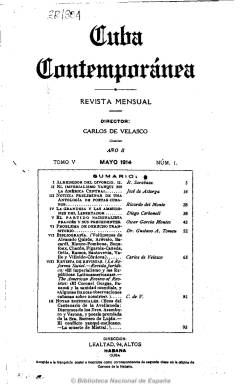
Título: Cuba contemporánea
Colección: Revistas de información general || Cultura
Ámbito geográfico: Cuba
Lugar de publicación: Habana
Fechas: 01/05/1914-30/06/1927

Primera gran revista del pensamiento cubano del siglo veinte, que alcanzó un gran prestigio internacional, aunque su existencia no fue ajena a intentos de proscripción e ignorancia en el interior de la isla. Fue impulsada y redactada por destacados miembros de la denominada “primera generación de la República” –independiente y liberal- cubana creada en 1902, de una gran calado cultural e intelectual, y que había tenido como antecesoras a Revista de Cuba (1877-1884) y Revista cubana (1885-1895), a las que se intenta emular. Apareció con periodicidad mensual en La Habana desde enero de 1913 hasta agosto de 1927, y Antonio Checa Godoy (1993) la tilda como la más relevante y más duradera –tres lustros- de este periodo.

Su programa expresó que sus páginas quedaban “abiertas a todas las orientaciones del espíritu moderno”, y en cada uno de sus números fomentó la producción, estudio y crítica bibliográfica cubana, especialmente la de lengua castellana y relacionada con la historia de la isla, así como con la del resto de América, a través de secciones como las de Bibliografía y Revista de revistas (en la que se dieron extractos de artículos de publicaciones extranjeras).

Inserta documentos históricos y modernos (entre estos, conferencias) y estudios y ensayos de muy variada naturaleza, sobre cultura, administración pública, política nacional e internacional, moral, sociología, economía, religión, derecho, educación e, incluso, deporte. En la sección Noticias recoge las más importantes de Cuba y del extranjero; en la de Notas editoriales ofrece información de acontecimientos destacados de carácter político, literario, científico y artístico, y en la de Revistas extranjeras, incluye comentarios al movimiento cultural internacional. También tiene secciones bajo el epígrafe Política internacional americana, Páginas para la Historia de Cuba (con documentos históricos inéditos) y Palpitaciones de la vida nacional, donde se exponen cuestiones nacionales cubanas, como el patrocinio a favor del feminismo, la aprobación de la ley del divorcio, la defensa de la enseñanza laica o la necesidad de incrementar la educación pública. Da cobijo también a textos dramáticos y poéticos de autores que estaban forjando un resurgimiento literario cubano.

El grupo de sus redactores-fundadores, -jóvenes tildados de “idealistas”-  fueron el historiador, escritor, periodista y diplomático Carlos de Velasco y Pérez (1884-1923), que fue su primer director, hasta finales de 1920; el escritor, bibliotecario y abogado Julio Villoldo (1881-1953), su administrador, redactor jefe desde 1922, y director interino en tres ocasiones (de septiembre de 1919 a febrero de 1920; de abril a julio de 1925 y de mayo a julio de 1926); el poeta, periodista e ingeniero Mario Guiral Moreno (1882-1963), que fue su segundo y último director; el periodista José Sixto de Sola Bobadilla (1888-1916), que fue redactor-jefe desde abril de 1916; el escritor y abogado de origen dominicano Max Henríquez Ureña (1885-1968) y Ricardo Sarabasa.

Sus páginas estuvieron abiertas no sólo a intelectuales y escritores cubanos sino a otros latinoamericanos. Entre sus redactores y colaboradores estuvieron el que sería fundador del Partido Conservador Enrique José Varona (1849-1933), que en aquella época era la más “alta cumbre, acaso, del intelecto nacional” cubano y “uno de los más eminentes americanos”, de cuyas enseñanzas se inspiró la revista, a juicio del propio Guiral; el intelectual y político Manuel Sanguily (1848-1925); el literato y periodista Domingo Figarola Caneda (1852-1926); el médico, pedagogo, sociólogo y periodista Miguel de Carrión (1875-1929); el periodista, político y uno de los grandes poetas del posmodernismo Regino E. Boti (1878-1958); el jurista, antropólogo y arqueólogo Fernando Ortiz (1881-1969); el político, escritor y también gran figura del posmodernismo Agustín Acosta (1886-1979); el periodista, investigador y diplomático José Antonio Fernández de Castro (1887-1951); el poeta y periodista José Manuel Poveda (1888-1926); el ensayista, filósofo y periodista Jorge Mañach (1898-1961), y el intelectual y político Juan Marinello (1898-1977).

Desde 1919, se integran a su  redacción otro grupo de destacados cubanos, como el literato y cónsul Luis Rodríguez-Émbil (1879-1954); el historiador, abogado y profesor Francisco González del Valle (1881-1942); la poeta, bibliógrafa y ferviente feminista Dulce María Borrero de Luján (1883-1945); el periodista y diplomático de origen salmantino Alfonso Hernández Catá (1885-1940); el dramaturgo y diplomático José Antonio Ramos (1885-1946); el historiador, literato y abogado Enrique Gay Calbó (1889-1977), que sustituyó a Henríquez en la sección de Bibliografía y, que desde 1922, sería secretario de redacción; el periodista y crítico de arte Bernardo G. Barros (1890-1922); y el jurista Ernesto Dihigo (1896-1991) y Juan C. Zamora, abandonando estos dos últimos la redacción por su discrepancia personal al tratamiento de la revista a unas oposiciones a la Cátedra de Literatura de la Universidad expuesto en el número de agosto de 1923. Desde enero de este último año se había incorporado a la redacción el eminente costumbrista e historiador Emilio Roig de Leuchsenring (1889-1964), y para suplir al fallecido Velasco y el alejamiento de Dihigo y Zamora fueron nombrados como nuevos redactores el hispanista y profundo conocedor de la literatura española José María Chacón y Calvo (1892-1969); el escritor y profesor Arturo Montori (que ya era colaborador) y el también escritor y relevante periodista Carlos Loveira Chirino (1882-1928).

Fue estampada en la imprenta de Aurelio Miranda –El Siglo XX- que fue adquirida por el grupo tras quedar constituida, el 4 de marzo de 1918, la Sociedad Editorial Cuba Contemporánea. Las entregas van numeradas y datadas y son de paginación variada, entre el centenar y más de dos centenares de páginas, compuestas a una columna. Cada cuatro números -incluyendo el cuarto algo de publicidad-, forman un tomo, con índices de materias y autores cada uno. La colección está integrada por 44 tomos, correspondiendo la última entrega a los meses de junio-agosto de 1927. La colección de la Biblioteca Nacional de España es incompleta y comienza en el número 1, correspondiente al año II, tomo V, de mayo-agosto de 1914.

Entre los estudios dedicados a esta revista citamos el Índice de Cuba contemporánea, que Fermín Peraza Sarausa publicó en 1940, en la serie Índices de revistas cubanas, que editó el Departamento de Cultura Municipal de La Habana, y que incluye como introducción el trabajo de Mario Guiral Moreno sobre “su origen, su existencia y su significación”; el publicado por Enrique Gay Calbó en la revista Universidad de La Habana (1966) y otro reciente de Paul Sarmiento Blanco y Yuselis Cutiño Ricardo (2012) sobre los “estudios jurídicos en Cuba” publicados en esta revista. Una revista que Roig de Leuchsenring –que publicó un trabajo titulado Cuba contemporánea y su labor nacionalista (1929)-, denominó “heraldo del nacionalismo y tribuna abierta en defensa de la libertad y la justicia, no solo para Cuba, sino también para la América y el mundo entero”.